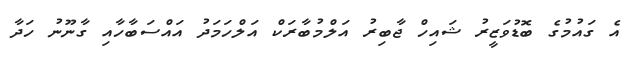
އެ ގައުމުގެ ބޮޑުވަޒީރު ޝައިހް ޖާބިރު އަލްމުބާރަކް އަލްހަމަދު އައްސަބާހާއި ގާނޫނު ހަދާ